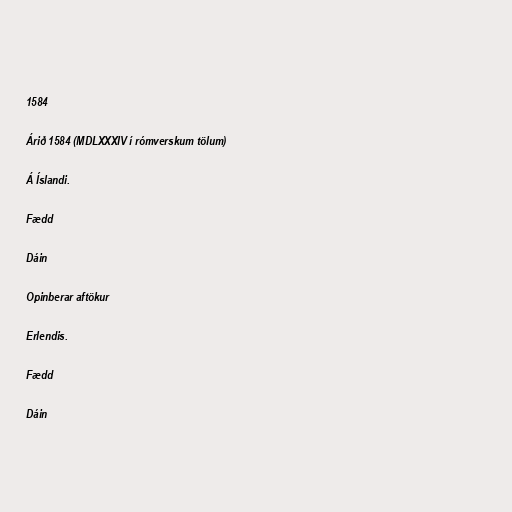
1584

Árið 1584 (MDLXXXIV í rómverskum tölum)

Á Íslandi.

Fædd

Dáin

Opinberar aftökur

Erlendis.

Fædd

Dáin